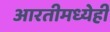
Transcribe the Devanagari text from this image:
आरतीमध्येही